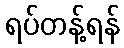
ရပ်တန့်ရန်